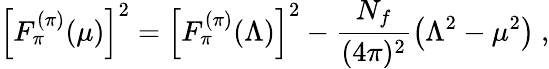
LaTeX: \left[F_{\pi}^{(\pi)}(\mu)\right]^{2}=\left[F_{\pi}^{(\pi)}(\Lambda)\right]^{2}-\frac{N_{f}}{(4\pi)^{2}}\left(\Lambda^{2}-\mu^{2}\right)\ ,